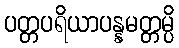
ပတ္တပရိယာပန္နမတ္တမ္ပိ